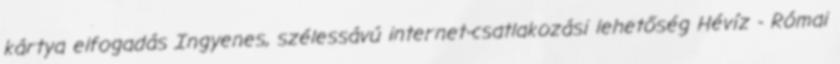
kártya elfogadás Ingyenes, szélessávú internet-csatlakozási lehetőség Hévíz - Római